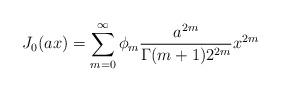
LaTeX: \begin{align*}J_{0}(ax) = \sum_{m=0}^{\infty} \phi_{m} \frac{a^{2m}}{\Gamma(m+1) 2^{2m}} x^{2m}\end{align*}